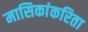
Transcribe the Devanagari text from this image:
मासिकांकरिता